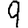
Digit: 9